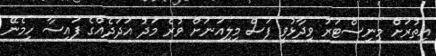
އިތުރަށް މިނިސްޓަރު ވިދާޅުވީ ފަސް މިލިއަނަށް ވުރެ މަދު އަދަދެއްގެ ފައިސާ ހިމެނޭ